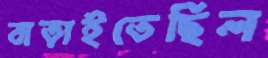
বাড়াইতেছিল